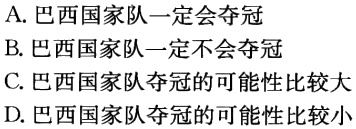
A. 巴西国家队一定会夺冠
B. 巴西国家队一定不会夺冠
C. 巴西国家队夺冠的可能性比较大
D. 巴西国家队夺冠的可能性比较小